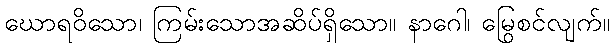
ဃောရဝိသော၊ ကြမ်းသောအဆိပ်ရှိသော။ နာဂေါ၊ မြွေစင်လျက်။